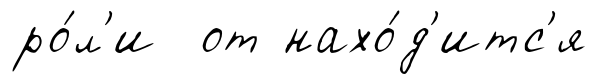
ро́л'и от нахо́д'итс'я